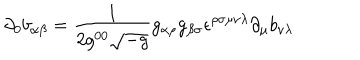
LaTeX: \partial _ { 0 } b _ { \alpha \beta } = { \frac { 1 } { 2 g ^ { 0 0 } \sqrt { - g } } } g _ { \alpha \rho } g _ { \beta \sigma } \epsilon ^ { \rho \sigma \mu \nu \lambda } \partial _ { \mu } b _ { \nu \lambda }